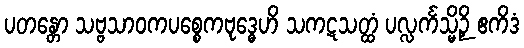
ပတန္တော သဗ္ဗသာဝကပစ္စေကဗုဒ္ဓေဟိ သကဋသတ္ထံ ပလ္လင်္ကသ္မိဉှိ ဧကိဒံ